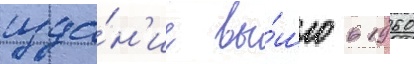
изда́н'ие вы́шло в 1960